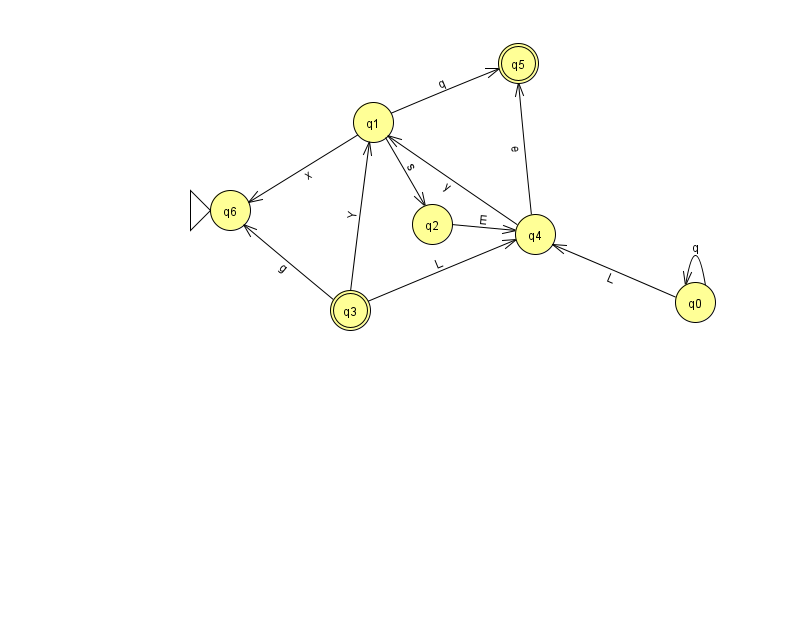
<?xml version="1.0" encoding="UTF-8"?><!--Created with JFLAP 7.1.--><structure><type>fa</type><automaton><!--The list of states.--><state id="0" name="q0"><x>695.0</x><y>289.0</y></state><state id="1" name="q1"><x>373.0</x><y>109.0</y></state><state id="2" name="q2"><x>432.0</x><y>211.0</y></state><state id="3" name="q3"><x>350.0</x><y>297.0</y><final/></state><state id="4" name="q4"><x>535.0</x><y>221.0</y></state><state id="5" name="q5"><x>518.0</x><y>50.0</y><final/></state><state id="6" name="q6"><x>230.0</x><y>197.0</y><initial/></state><!--The list of transitions.--><transition><from>0</from><to>0</to><read>q</read></transition><transition><from>0</from><to>4</to><read>L</read></transition><transition><from>3</from><to>4</to><read>L</read></transition><transition><from>1</from><to>5</to><read>q</read></transition><transition><from>3</from><to>1</to><read>Y</read></transition><transition><from>4</from><to>5</to><read>e</read></transition><transition><from>1</from><to>6</to><read>x</read></transition><transition><from>2</from><to>4</to><read>E</read></transition><transition><from>3</from><to>6</to><read>g</read></transition><transition><from>4</from><to>1</to><read>y</read></transition><transition><from>1</from><to>2</to><read>s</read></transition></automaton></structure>